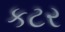
કટર